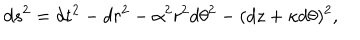
d s ^ { 2 } = d t ^ { 2 } - d r ^ { 2 } - \alpha ^ { 2 } r ^ { 2 } d \theta ^ { 2 } - ( d z + \kappa d \theta ) ^ { 2 } ,